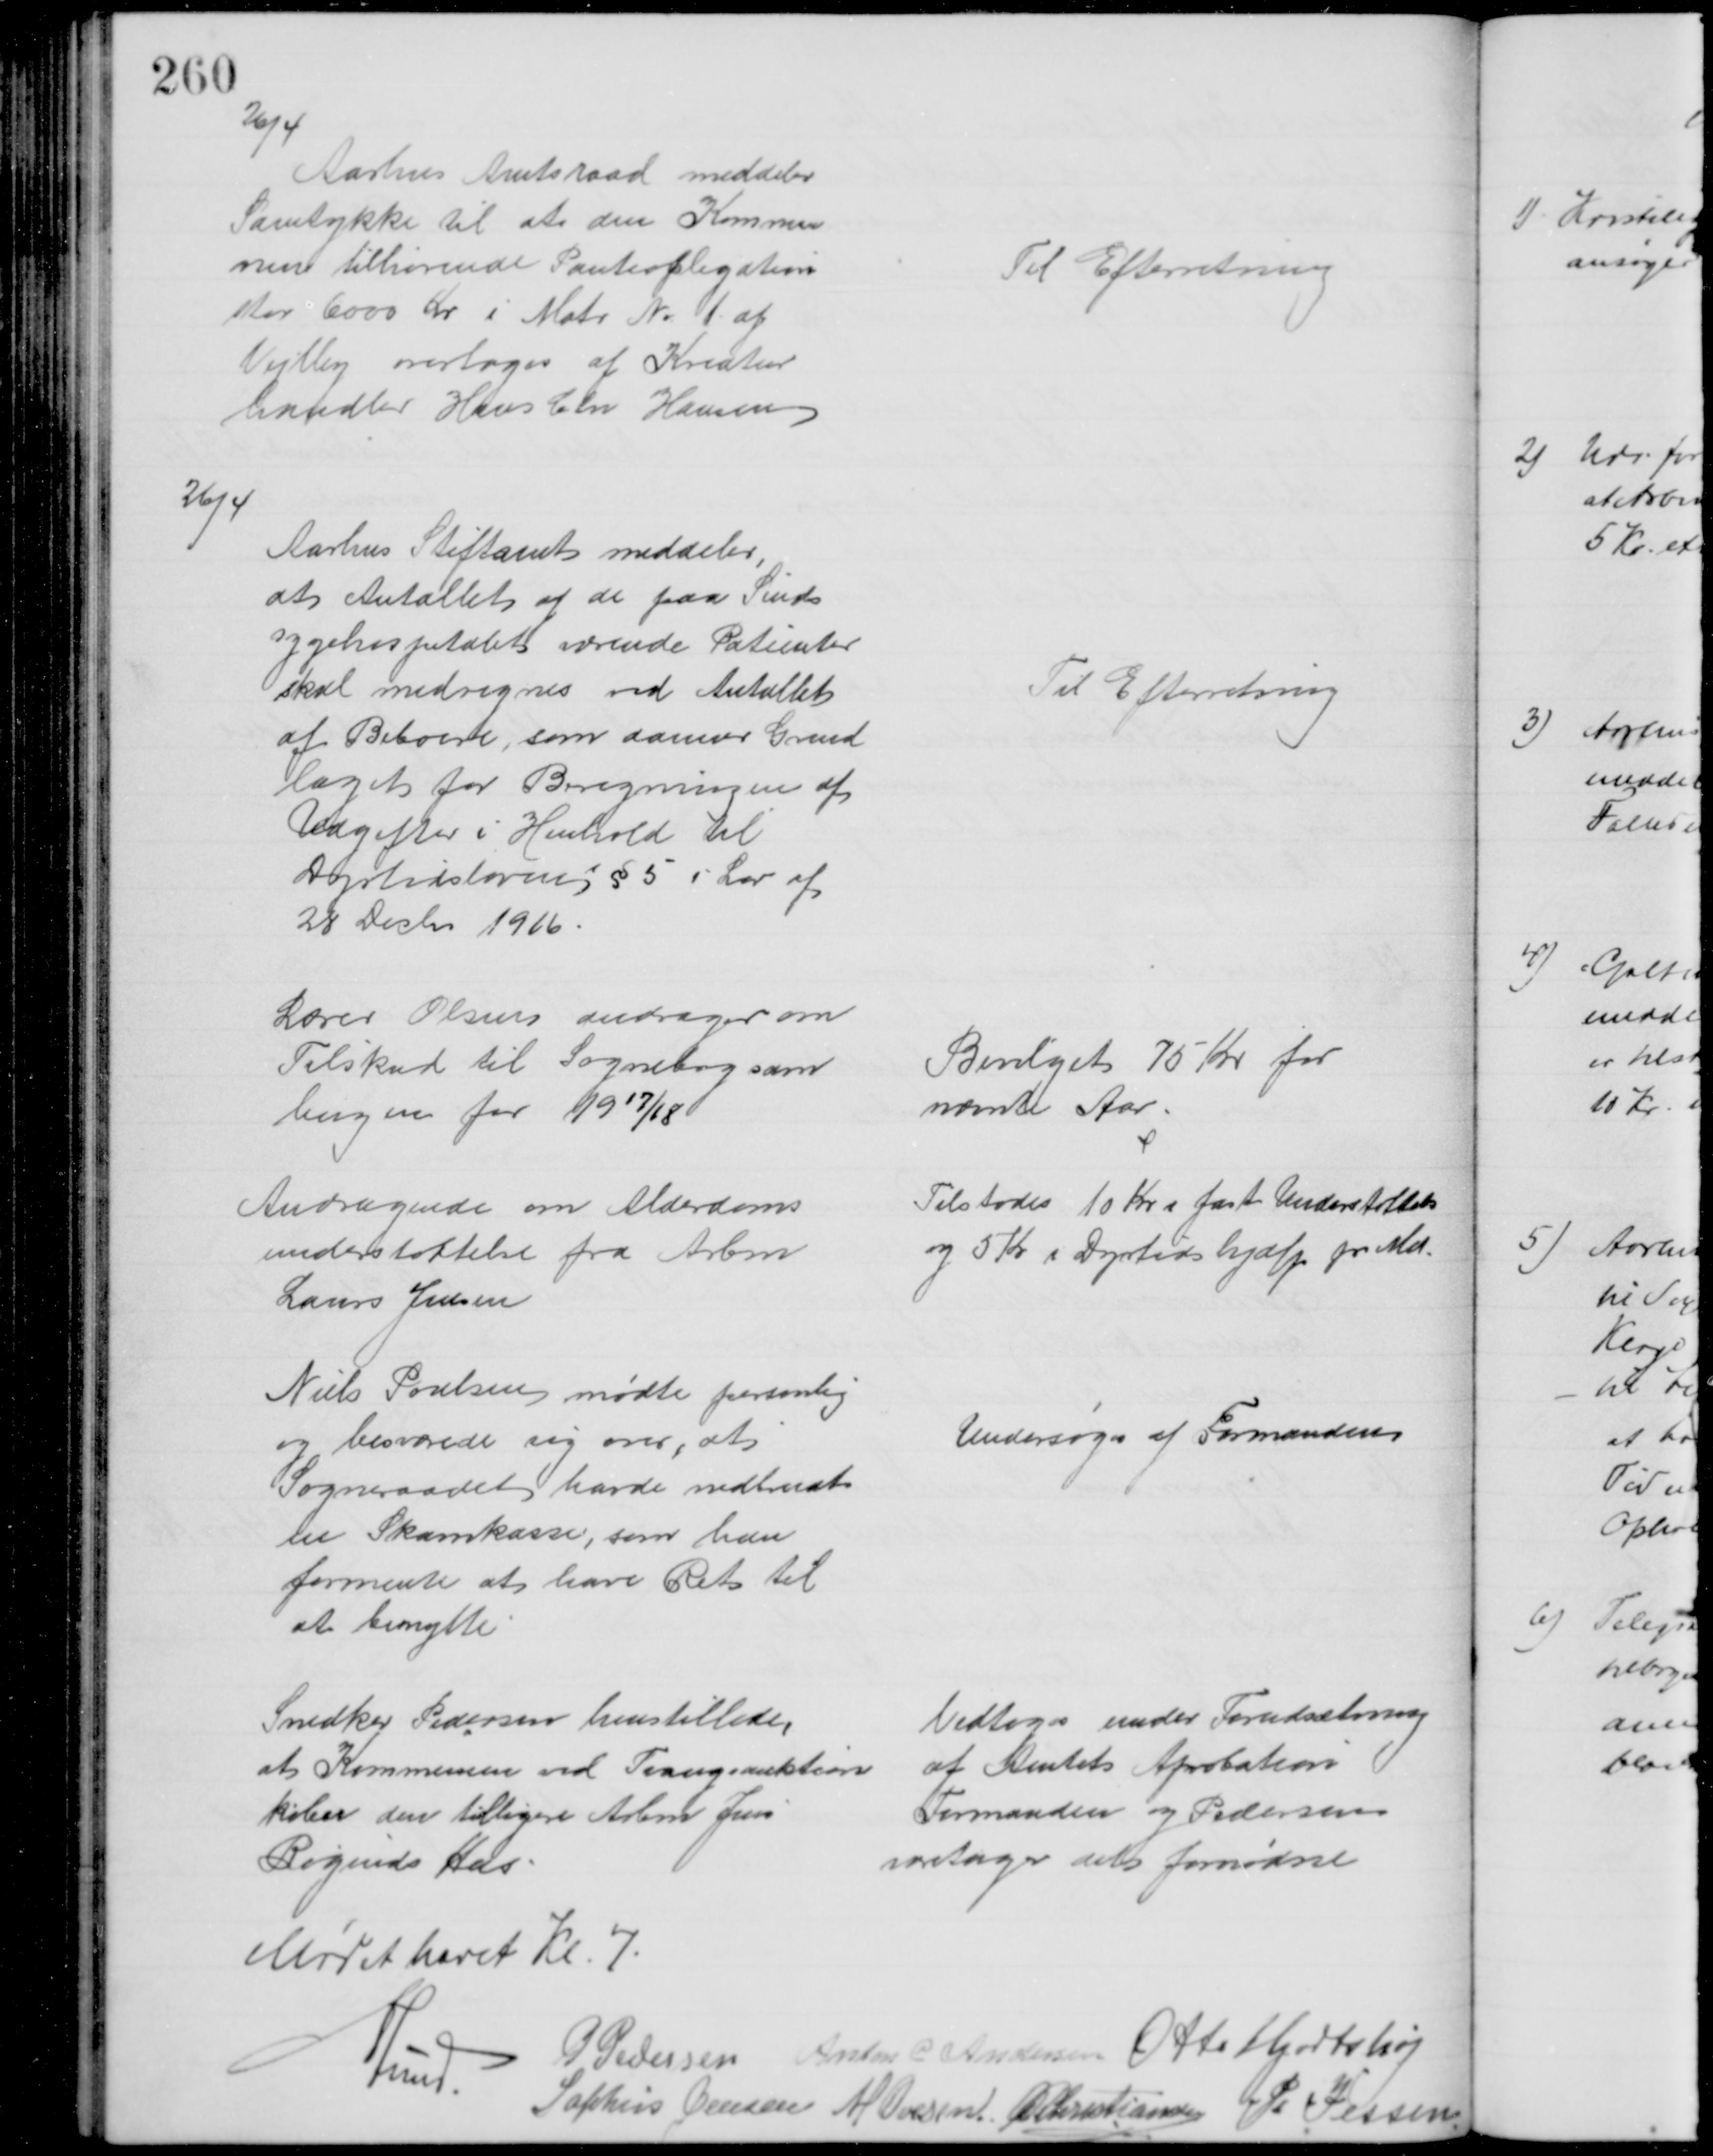
Transskription:
26/4
Aarhus Amtsraad meddeler
Samtykke til at den Kommu
nen tilhørende Panteobligation
stor 6000 Kr i Matr. № 1 af 
Vejlby overtoges af Kreatur
handler Hans Chr Hansen
Til Efterretning
26/4
Aarhus Stiftamt meddeler,
at Antallet af de paa Sinds
sygehospitalet værende Patienter
skal medregnes ved Antallet
af Beboere, som danner Grund
laget for Beregningen af
Udgifter i Henhold til
Dyrtidslovens § 5 i Lov af
28 Decbr 1916
Til Efterretning
Lærer Olsen andrager om
Tilskud til Sognebogsam
lingen for 1917/18
Bevilget 75 Kr for
nævnte Aar
Andragende om Alderdoms
understøttelse fra Arbm
Laurs Jensen
Tilstodes 10 Kr i fast Understøttelse
og 5 Kr i Dyrtidshjælp pr Md.
Niels Poulsen mødte personlig
og besværede sig over, at
Sogneraadet havde nedbrudt 
en Skarnkasse, som han
formente at have Ret til
at benytte
Undersøges af Formanden
Snedker Pedersen henstillede,
at Kommunen ved Tvangsauktion
køber den tidligere Arbm Jens
Røginds Hus
Vedtoges under Forudsætning
af Amtets Aprobation
Formanden og Pedersen
varetager det fornødne
Mødet hævet Kl. 7
A Lund.
P Pedersen Anton C Andersen Otto Hjortshøj
Sophus Jensen M Ovesen  A P Christiansen P. Jessen